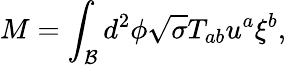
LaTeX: M=\int_{\mathcal{B}}d^{2}\phi\sqrt{\sigma}T_{ab}u^{a}\xi^{b},